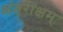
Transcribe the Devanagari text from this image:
अंतरीक्षम्